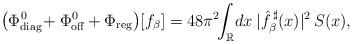
LaTeX: \begin{align*} \big(\Phi^{\mspace{1.5mu}0}_{\mathrm{diag}}\!+\Phi^{\mspace{1.5mu}0}_{\mathrm{off}}\mspace{-1.5mu}+\Phi_{\mathrm{reg}}\big)[f_\beta]=48\pi^2\!\!\int_{\mathbb{R}}\!dx\:\lvert\hat{f}^{\,\sharp}_\beta(x)\rvert^2\,S(x), \end{align*}